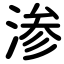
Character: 渗